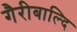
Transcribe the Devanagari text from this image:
गैरीबाल्दि